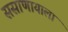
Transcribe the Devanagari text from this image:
ससाणायाला